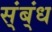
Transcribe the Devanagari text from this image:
स्ंब्ंध